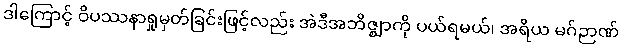
ဒါကြောင့် ဝိပဿနာရှုမှတ်ခြင်းဖြင့်လည်း အဲဒီအဘိဇ္ဈာကို ပယ်ရမယ်၊ အရိယ မဂ်ဉာဏ်